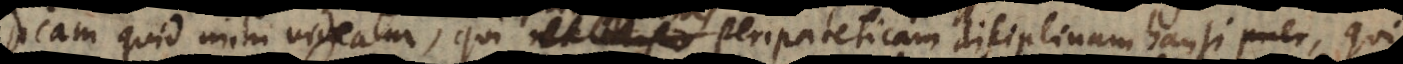
icam quid mihi videatur, qui ut Aristo Peripateticam disciplinam hausi, qu